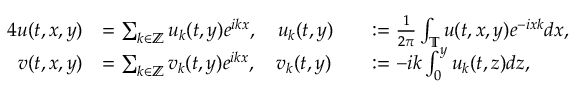
\begin{array} { r l r l } { { 4 } u ( t , x , y ) } & { = \sum _ { k \in \mathbb { Z } } u _ { k } ( t , y ) e ^ { i k x } , \quad u _ { k } ( t , y ) } & & { : = \frac { 1 } { 2 \pi } \int _ { \mathbb { T } } u ( t , x , y ) e ^ { - i x k } d x , } \\ { v ( t , x , y ) } & { = \sum _ { k \in \mathbb { Z } } v _ { k } ( t , y ) e ^ { i k x } , \quad v _ { k } ( t , y ) } & & { : = - i k \int _ { 0 } ^ { y } u _ { k } ( t , z ) d z , } \end{array}